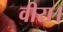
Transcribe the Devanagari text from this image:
वीरा।